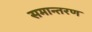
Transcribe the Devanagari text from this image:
समान्तरण